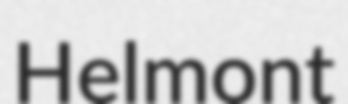
Helmont